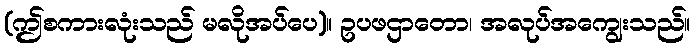
(ဤစကားလုံးသည် မလိုအပ်ပေ)။ ဥပဖဌာတော၊ အလုပ်အကျွေးသည်။